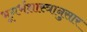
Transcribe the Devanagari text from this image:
भूगर्भशास्त्रानुसार